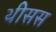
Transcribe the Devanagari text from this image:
थीसस